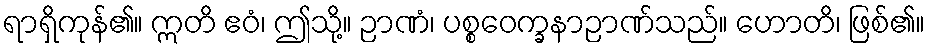
ရာရှိကုန်၏။ ဣတိ ဧဝံ၊ ဤသို့။ ဉာဏံ၊ ပစ္စဝေက္ခနာဉာဏ်သည်။ ဟောတိ၊ ဖြစ်၏။